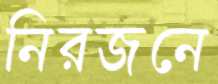
নিরজনে